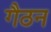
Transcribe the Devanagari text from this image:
गैठन